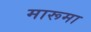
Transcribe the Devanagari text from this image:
मारूमा